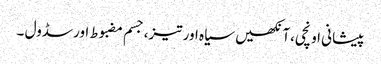
پیشانی اونچی،آنکھیں سیاہ اور تیز،جسم مضبوط اورسڈول ۔